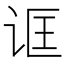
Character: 诓